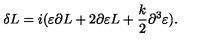
\delta L = i ( \varepsilon \partial L + 2 \partial \varepsilon L + { \frac { k } { 2 } } \partial ^ { 3 } \varepsilon ) .